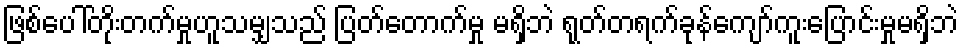
ဖြစ်ပေါ်တိုးတက်မှုဟူသမျှသည် ပြတ်တောက်မှု မရှိဘဲ ရုတ်တရက်ခုန်ကျော်ကူးပြောင်းမှုမရှိဘဲ